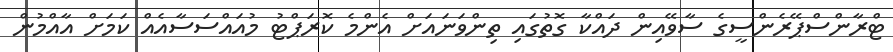
ޓްރާންސްޕޭރެންސީގެ ސާވޭއިން ދައްކާ ގޮތުގައި ތިންވަނައަށް އެންމެ ކޮރަޕްޓު މުއައްސަސާއެއް ކަމަށް އާއްމުން